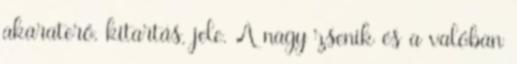
akaraterő, kitartás, jele. A nagy zsenik és a valóban